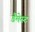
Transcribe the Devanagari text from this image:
डैमेस्ट